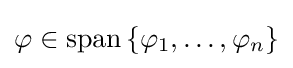
\varphi \in \operatorname {span} \left\{\varphi _{1},\ldots ,\varphi _{n}\right\}